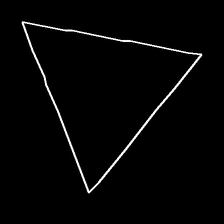
Glyph: convergence